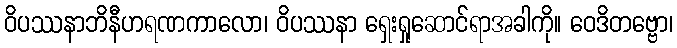
ဝိပဿနာဘိနီဟရဏကာလော၊ ဝိပဿနာ ရှေးရှုဆောင်ရာအခါကို။ ဝေဒိတဗ္ဗော၊